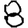
Digit: 8